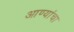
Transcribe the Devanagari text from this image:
आण्यांचा